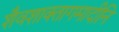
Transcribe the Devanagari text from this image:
शैवशाक्तागमादीनि